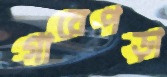
গায়েপড়া